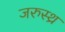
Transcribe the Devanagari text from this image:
जरुस्थ्र